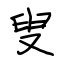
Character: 叟